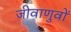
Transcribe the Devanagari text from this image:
जीवाणुवों